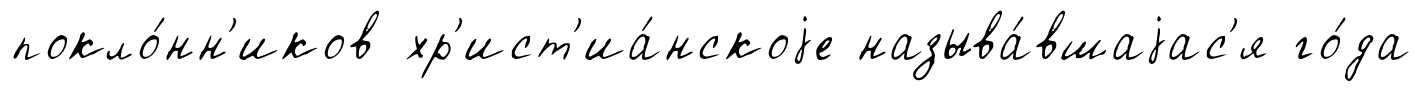
покло́нн'иков хр'ист'иа́нскоjе называ́вшаjас'я го́да